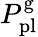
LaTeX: P_{\mathrm{pl}}^{\mathrm{g}}